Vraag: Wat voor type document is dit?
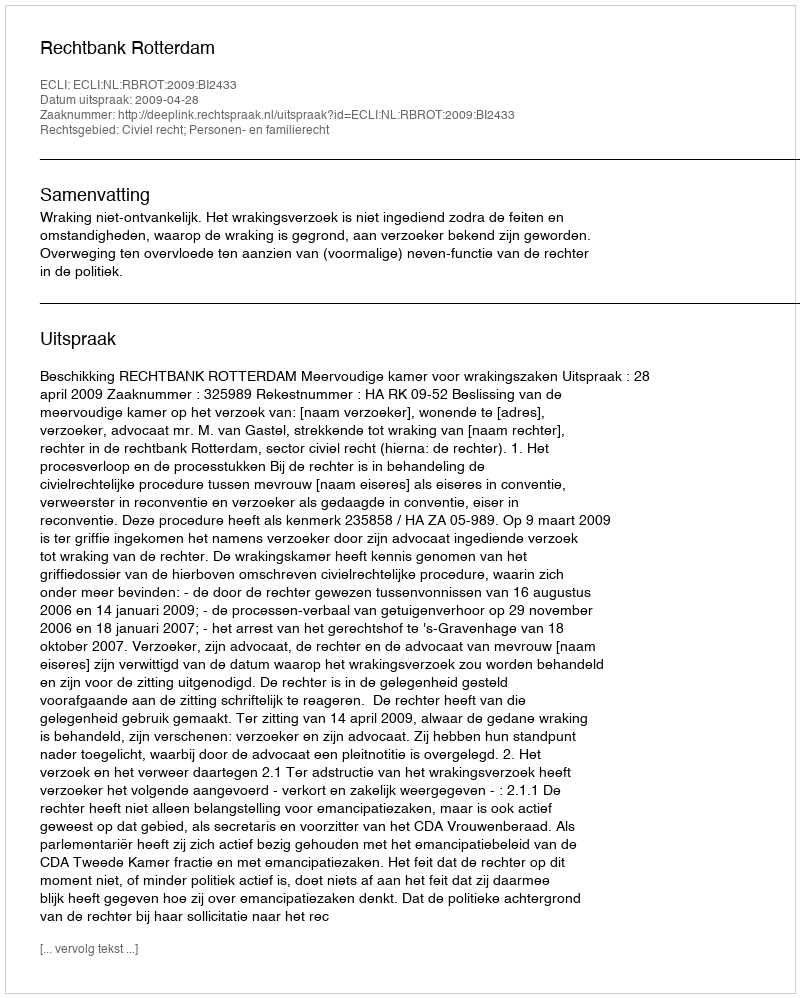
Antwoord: Uitspraak